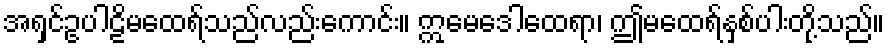
အရှင်ဥပါဠိမထေရ်သည်လည်းကောင်း။ ဣမေဒေါထေရာ၊ ဤမထေရ်နှစ်ပါးတို့သည်။